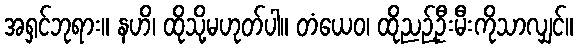
အရှင်ဘုရား။ နဟိ၊ ထိုသို့မဟုတ်ပါ။ တံယေဝ၊ ထိုညဉ့်ဦးမီးကိုသာလျှင်။